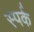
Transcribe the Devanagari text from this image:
स्पर्क